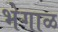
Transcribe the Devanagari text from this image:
भेगाळ